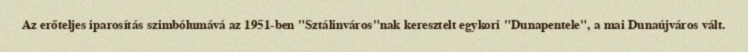
Az erőteljes iparosítás szimbólumává az 1951-ben "Sztálinváros"nak keresztelt egykori "Dunapentele", a mai Dunaújváros vált.